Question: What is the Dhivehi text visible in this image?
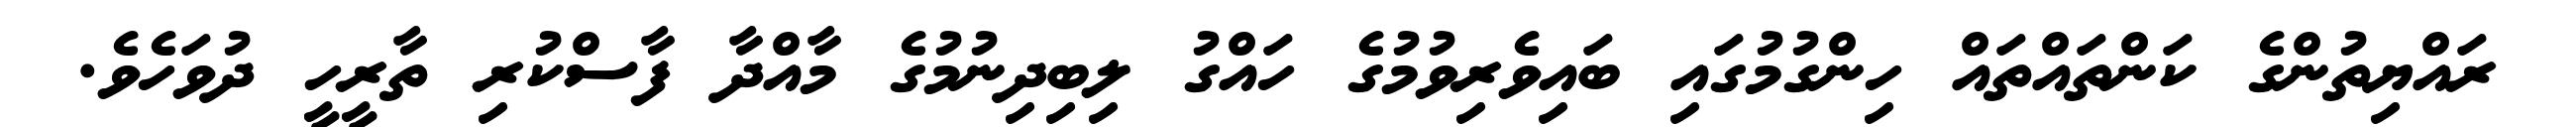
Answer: ރައްޔިތުންގެ ކަންތައްތައް ހިންގުމުގައި ބައިވެރިވުމުގެ ހައްގު ލިބިދިނުމުގެ މާއްދާ ފާސްކުރި ތާރީހީ ދުވަހެވެ.